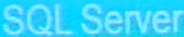
SQL Server